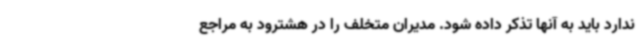
ندارد باید به آنها تذکر داده شود. مدیران متخلف را در هشترود به مراجع